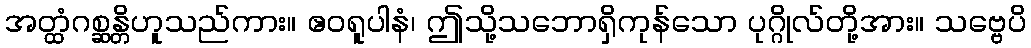
အတ္ထံဂစ္ဆန္တိဟူသည်ကား။ ဧဝရူပါနံ၊ ဤသို့သဘောရှိကုန်သော ပုဂ္ဂိုလ်တို့အား။ သဗ္ဗေပိ